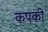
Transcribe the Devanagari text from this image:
कपकी